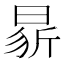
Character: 𭦢